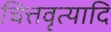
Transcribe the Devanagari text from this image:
चित्तवृत्यादि